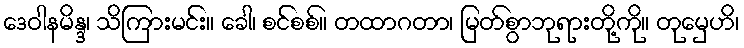
ဒေဝါနမိန္ဒ၊ သိကြားမင်း။ ခေါ၊ စင်စစ်။ တထာဂတာ၊ မြတ်စွာဘုရားတို့ကို။ တုမှေဟိ၊